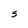
Character: S